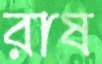
রাষ